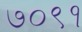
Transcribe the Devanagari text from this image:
७०९१